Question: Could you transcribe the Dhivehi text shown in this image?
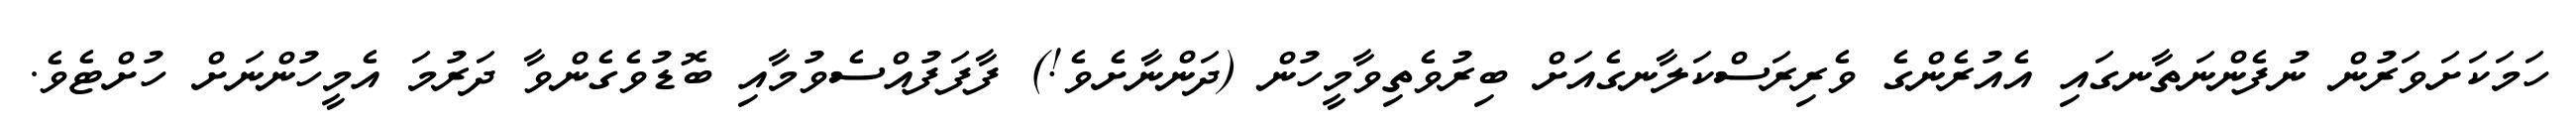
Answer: ހަމަކަށަވަރުން ނުފެންނަތާނގައި އެއުރެންގެ ވެރިރަސްކަލާނގެއަށް ބިރުވެތިވާމީހުން (ދަންނާށެވެ!) ފާފަފުއްސެވުމާއި ބޮޑުވެގެންވާ ދަރުމަ އެމީހުންނަށް ހުށްޓެވެ.